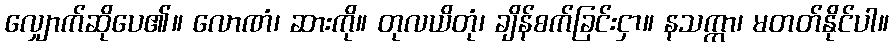
လျှောက်ဆိုပေ၏။ လောဏံ၊ ဆားကို။ တုလယိတုံ၊ ချိန်စက်ခြင်းငှာ။ နသက္ကာ၊ မတတ်နိုင်ပါ။